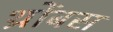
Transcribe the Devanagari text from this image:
थ्रोंबस